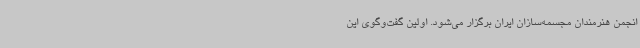
انجمن هنرمندان مجسمه‌سازان ایران برگزار می‌شود. اولین گفت‌وگوی این